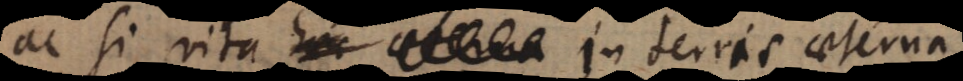
ac si vita in terris aeterna,